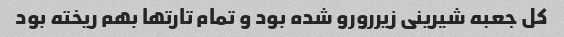
کل جعبه شیرینی زیررورو شده بود و تمام تارتها بهم ریخته بود